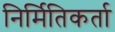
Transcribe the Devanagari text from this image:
निर्मितिकर्ता